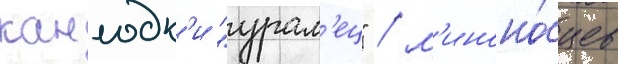
канлодк'и "урал'ец" / м'иноно́сцев